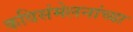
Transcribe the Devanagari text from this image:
कविसंमेलनांच्या